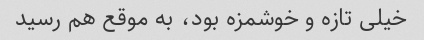
خیلی تازه و خوشمزه بود، ‌به موقع هم رسید